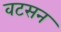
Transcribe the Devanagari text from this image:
वटसन